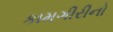
કામગીરીનો